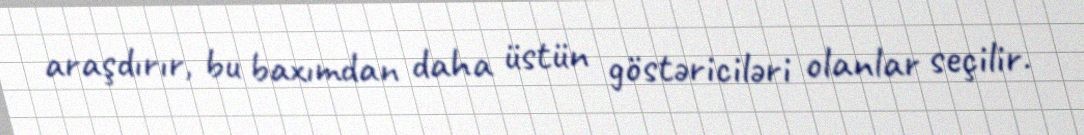
araşdırır, bu baxımdan daha üstün göstəriciləri olanlar seçilir.